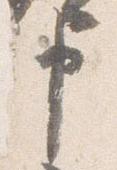
申